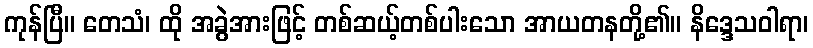
ကုန်ပြီ။ တေသံ၊ ထို အခွဲအားဖြင့် တစ်ဆယ့်တစ်ပါးသော အာယတနတို့၏။ နိဒ္ဒေသဝါရာ၊